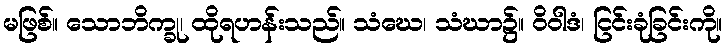
မဖြစ်။ သောဘိက္ခု၊ ထိုရဟန်းသည်။ သံဃေ၊ သံဃာ၌။ ဝိဝါဒံ၊ ငြင်းခုံခြင်းကို။